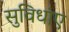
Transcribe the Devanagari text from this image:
सुविधांए